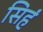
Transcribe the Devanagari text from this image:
सिहं